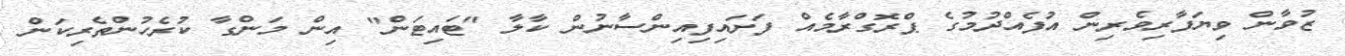
ޒުވާން ވިޔަފާރިވެރިން އުފެއްދުމުގެ ޕްރޮގްރާމެއް ފަށައިފިއިންސާނުން ކާލާ "ޓައިޓަން" އިން މަންގާ ކުރެހުންތެރިކަން